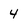
Character: 4